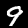
Label: 9